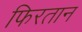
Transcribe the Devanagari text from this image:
फिरतान